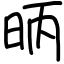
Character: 昞